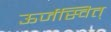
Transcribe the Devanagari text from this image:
ऊर्जस्वित्